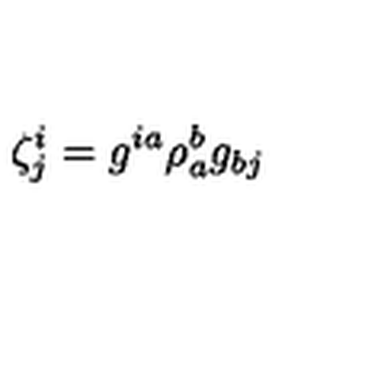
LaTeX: \zeta _ { j } ^ { i } = g ^ { i a } \rho _ { a } ^ { b } g _ { b j }